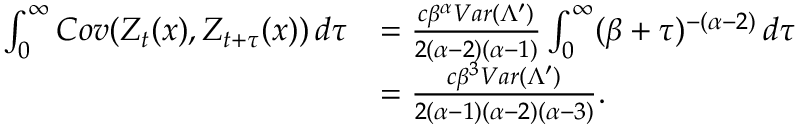
\begin{array} { r l } { \int _ { 0 } ^ { \infty } C o v ( \boldsymbol { Z } _ { t } ( x ) , \boldsymbol { Z } _ { t + \tau } ( x ) ) \, d \tau } & { = \frac { c \beta ^ { \alpha } V a r ( \Lambda ^ { \prime } ) } { 2 ( \alpha - 2 ) ( \alpha - 1 ) } \int _ { 0 } ^ { \infty } ( \beta + \tau ) ^ { - ( \alpha - 2 ) } \, d \tau } \\ & { = \frac { c \beta ^ { 3 } V a r ( \Lambda ^ { \prime } ) } { 2 ( \alpha - 1 ) ( \alpha - 2 ) ( \alpha - 3 ) } . } \end{array}